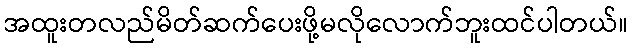
အထူးတလည်မိတ်ဆက်ပေးဖို့မလိုလောက်ဘူးထင်ပါတယ်။